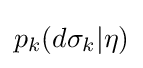
p_{k}(d\sigma _{k}|\eta )